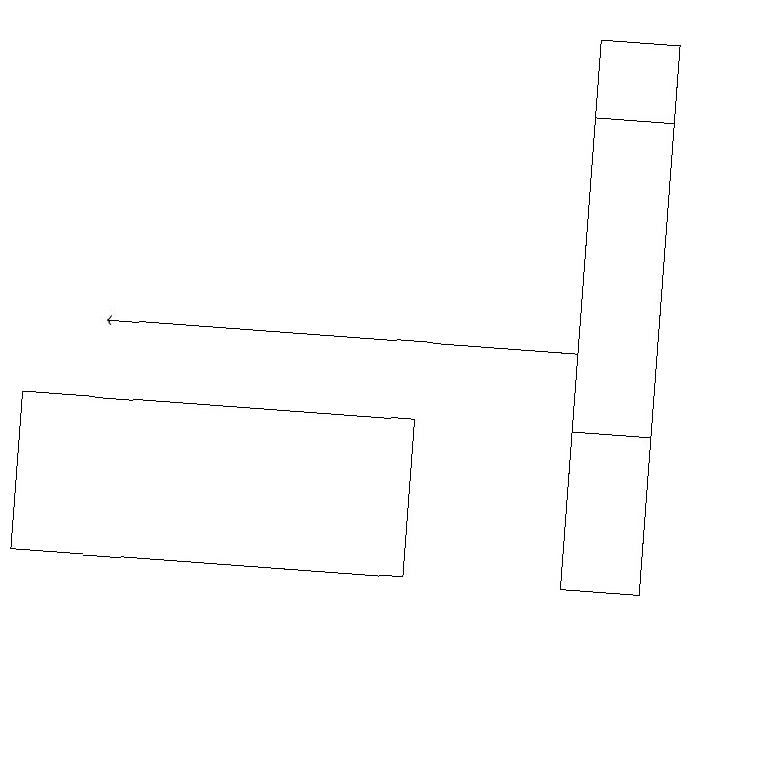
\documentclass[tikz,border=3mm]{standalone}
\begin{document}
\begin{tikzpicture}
\draw (9,18) rectangle (8,14);
\draw (10,10) circle (0);
\draw (1,12) rectangle (6,14);
\draw (8,19) rectangle (9,12);
\draw[->] (8,15) -- (2,15);
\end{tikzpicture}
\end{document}